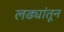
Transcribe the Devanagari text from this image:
लढ्यांतून